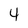
Character: 4